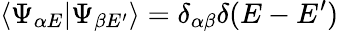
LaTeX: \langle\Psi_{\alpha E}|\Psi_{\beta E^{\prime}}\rangle=\delta_{\alpha\beta}\delta(E-E^{\prime})